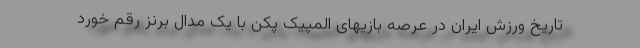
تاریخ ورزش ایران در عرصه بازیهای المپیک پکن با یک مدال برنز رقم خورد